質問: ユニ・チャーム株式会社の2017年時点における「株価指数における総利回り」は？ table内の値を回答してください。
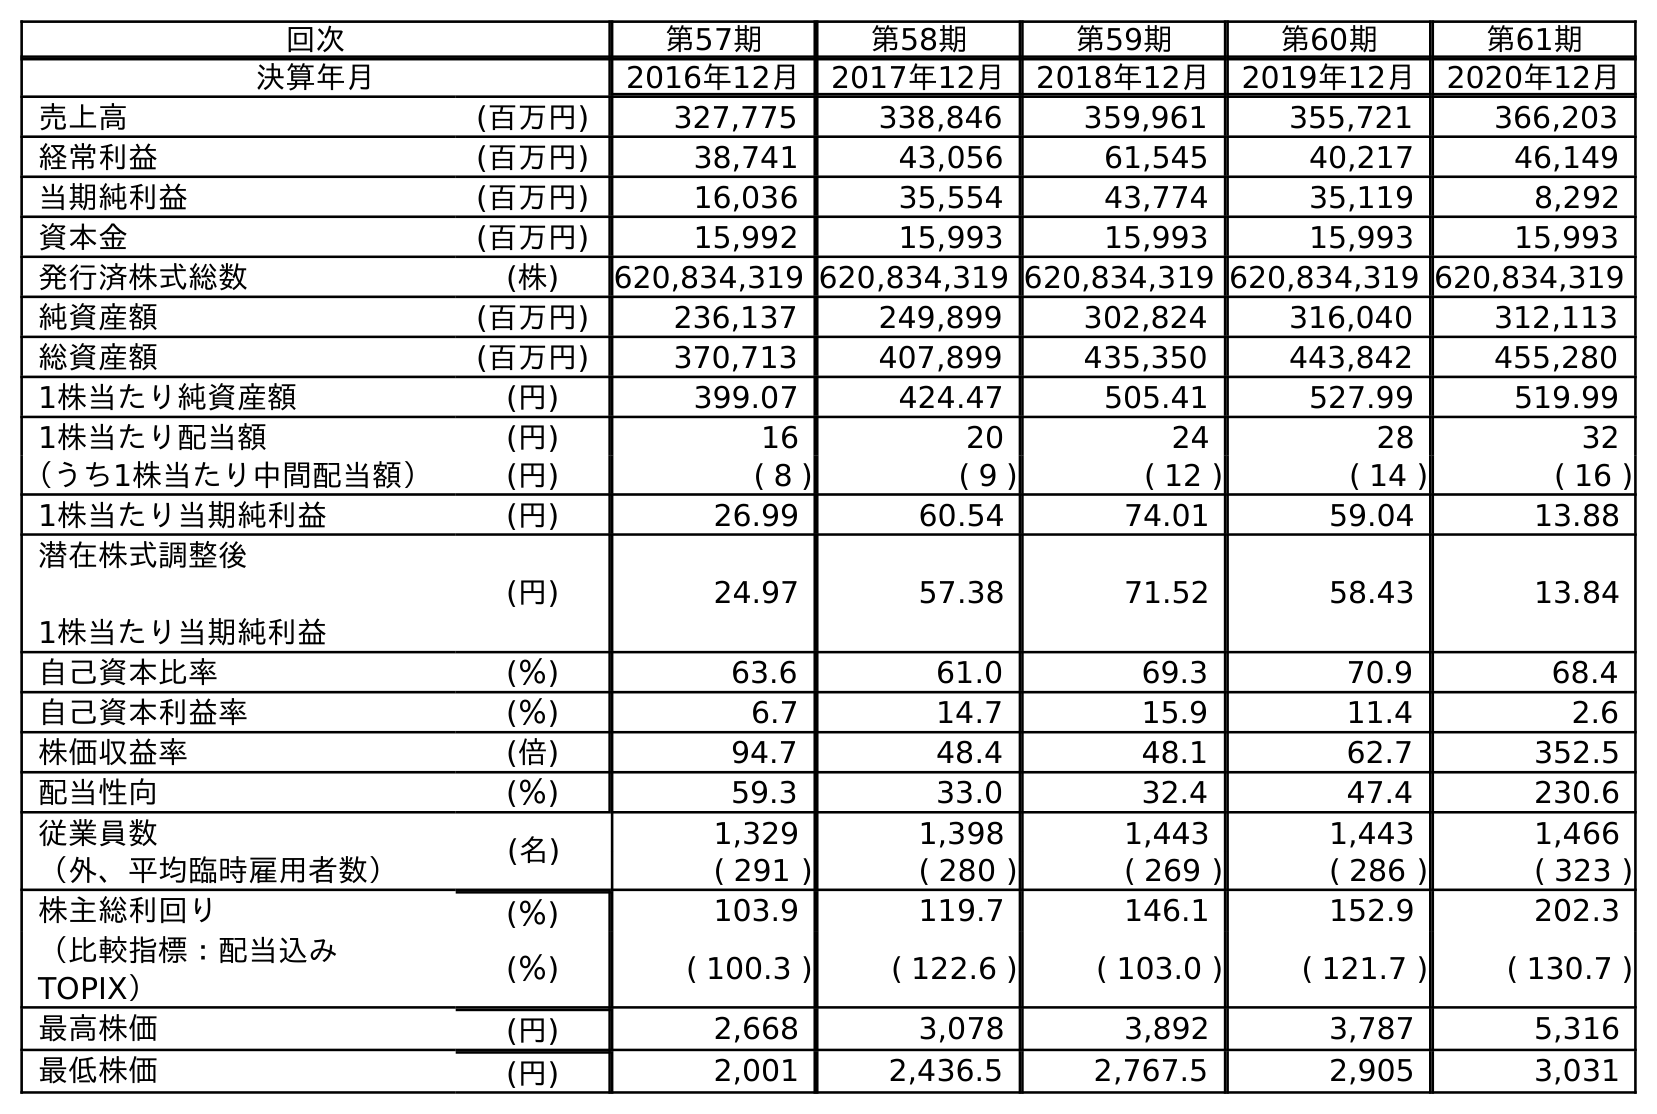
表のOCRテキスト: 回次 第57期 第58期 第59期 第60期 第61期 決算年月 2016年12月 2017年12月 2018年12月 2019年12月 2020年12月 売上高 (百万円) 327,775 338,846 359,961 355,721 366,203 経常利益 (百万円) 38,741 43,056 61,545 40,217 46,149 当期純利益 (百万円) 16,036 35,554 43,774 35,119 8,292 資本金 (百万円) 15,992 15,993 15,993 15,993 15,993 発行済株式総数 (株) 620,834,319 620,834,319 620,834,319 620,834,319 620,834,319 純資産額 (百万円) 236,137 249,899 302,824 316,040 312,113 総資産額 (百万円) 370,713 407,899 435,350 443,842 455,280 1株当たり純資産額 (円) 399.07 424.47 505.41 527.99 519.99 1株当たり配当額 (円) 16 20 24 28 32 （うち1株当たり中間配当額） (円) ( 8 ) ( 9 ) ( 12 ) ( 14 ) ( 16 ) 1株当たり当期純利益 (円) 26.99 60.54 74.01 59.04 13.88 潜在株式調整後 1株当たり当期純利益 (円) 24.97 57.38 71.52 58.43 13.84 自己資本比率 (％) 63.6 61.0 69.3 70.9 68.4 自己資本利益率 (％) 6.7 14.7 15.9 11.4 2.6 株価収益率 (倍) 94.7 48.4 48.1 62.7 352.5 配当性向 (％) 59.3 33.0 32.4 47.4 230.6 従業員数 (名) 1,329 1,398 1,443 1,443 1,466 （外、平均臨時雇用者数） ( 291 ) ( 280 ) ( 269 ) ( 286 ) ( 323 ) 株主総利回り (％) 103.9 119.7 146.1 152.9 202.3 （比較指標：配当込み TOPIX） (％) ( 100.3 ) ( 122.6 ) ( 103.0 ) ( 121.7 ) ( 130.7 ) 最高株価 (円) 2,668 3,078 3,892 3,787 5,316 最低株価 (円) 2,001 2,436.5 2,767.5 2,905 3,031
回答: (122.6)